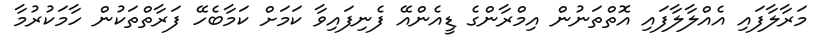
މަރާލާފައި އެއްލާލާފައި އޮތްތަނުން އިމްރާންގެ ޑީއެންއޭ ފެނިފައިވާ ކަމަށް ކަމާބެހޭ ފަރާތްތަކުން ހާމަކުރުމާ